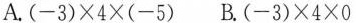
A.$$(-3)\times4\times(-5)$$ B.$$(-3)\times4\times0$$